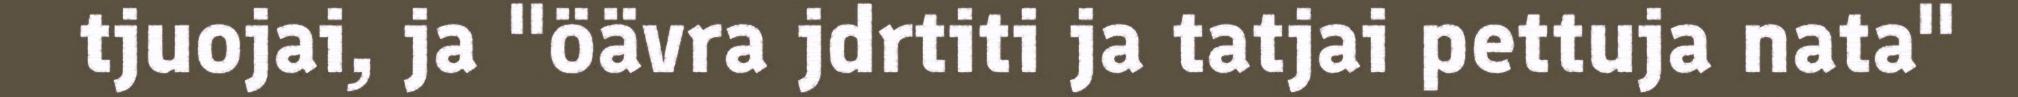
tjuojai, ja "öävra jdrtiti ja tatjai pettuja nata"